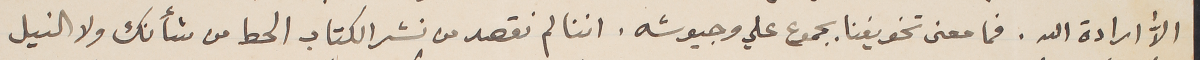
الاّ ارادة الله. فما معنى تخويفنا بجموع علي وجيوشه. اننا لم نقصد من نشر الكتاب الحط من شأنك ولا النيل